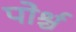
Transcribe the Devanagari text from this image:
पोर्श्च